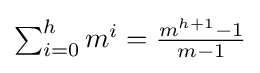
{\textstyle \sum _{i=0}^{h}m^{i}={\frac {m^{h+1}-1}{m-1}}}